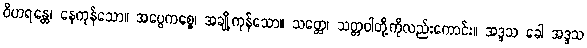
ဝိဟရန္တေ၊ နေကုန်သော။ အပ္ပေကစ္စေ၊ အချို့ကုန်သော။ သတ္တေ၊ သတ္တဝါတို့ကိုလည်းကောင်း။ အဒ္ဒသ ခေါ အဒ္ဒသ